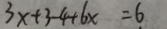
3 x + 3 - 4 + 6 x = 6